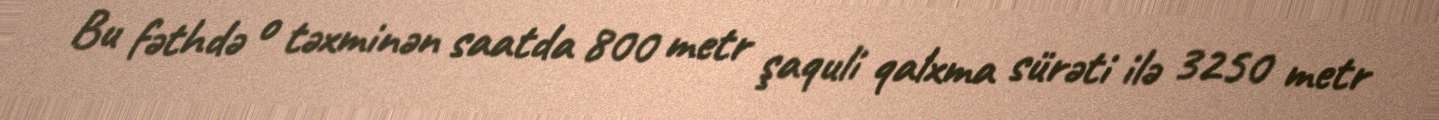
Bu fəthdə o təxminən saatda 800 metr şaquli qalxma sürəti ilə 3250 metr